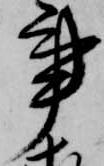
事